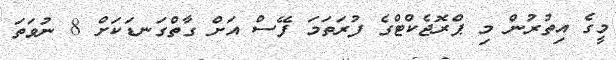
މީގެ އިތުރުން މި ޕްރޮޖެކްޓްގެ ފުރަތަމަ ފޭސް އަށް ގާތްގަނޑަކަށް 8 ނުވަތަ